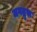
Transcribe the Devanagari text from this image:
जगद्रुरू